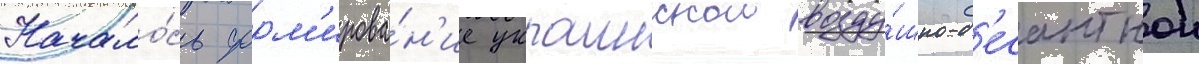
Начало́сь форм'ирова́н'ие украинскои возду́шно-д'есантнои